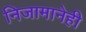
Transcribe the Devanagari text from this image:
निजामानेही